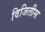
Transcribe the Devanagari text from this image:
विजिलीस